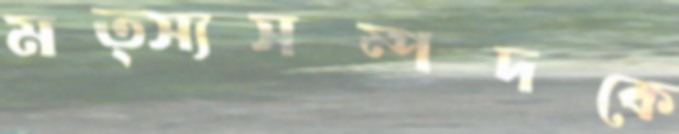
মত্স্যসম্পদকে